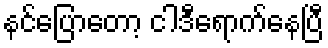
နင်ပြောတော့ ငါဒီရောက်နေပြီ